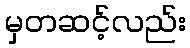
မှတဆင့်လည်း